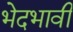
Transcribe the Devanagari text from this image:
भेदभावी